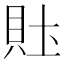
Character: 𰶴